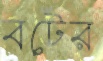
বটের